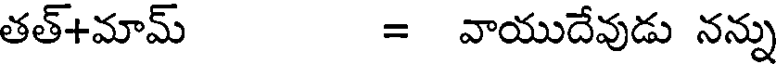
తత్+మామ్ = వాయుదేవుడు నన్ను